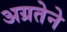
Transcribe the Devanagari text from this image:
अग्रतेने